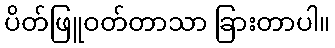
ပိတ်ဖြူဝတ်တာသာ ခြားတာပါ။